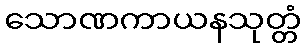
သောဏကာယနသုတ္တံ